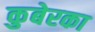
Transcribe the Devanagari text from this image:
कुबेरका